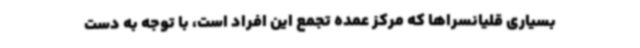
بسیاری قلیانسراها که مرکز عمده تجمع این افراد است، با توجه به دست